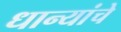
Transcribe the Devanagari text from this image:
धान्यांचे